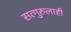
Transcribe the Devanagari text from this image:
सत्गुरुलाही